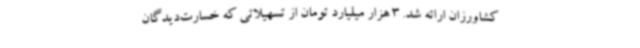
کشاورزان ارائه شد. 3 هزار میلیارد تومان از تسهیلاتی که خسارت‌دیدگان